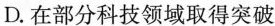
D.在部分科技领域取得突破